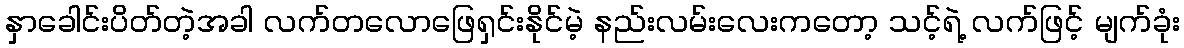
နှာခေါင်းပိတ်တဲ့အခါ လက်တလောဖြေရှင်းနိုင်မဲ့ နည်းလမ်းလေးကတော့ သင့်ရဲ့ လက်ဖြင့် မျက်ခုံး